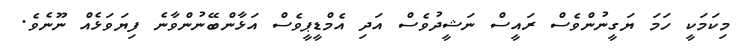
މިކަމަކީ ހަމަ ޔަގީނުންވެސް ރައީސް ނަޝީދުވެސް އަދި އެމްޑީޕީވެސް އަޅާންބޭނުންވާނެ ފިޔަވަޅެއް ނޫނެވެ.